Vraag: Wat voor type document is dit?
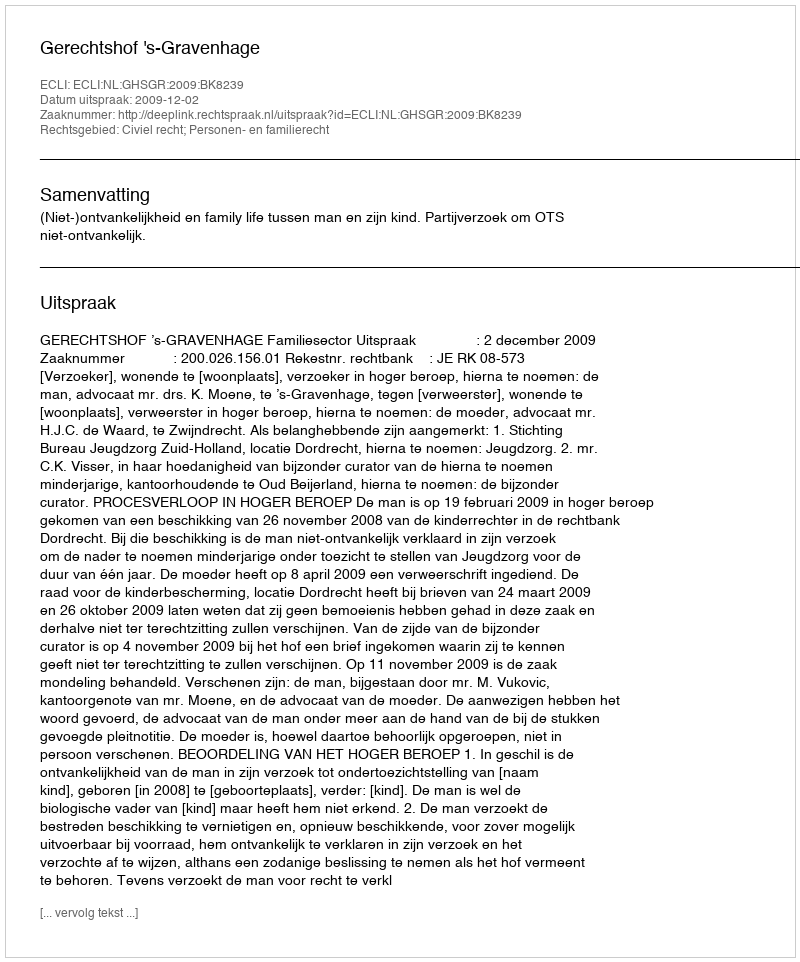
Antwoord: Uitspraak